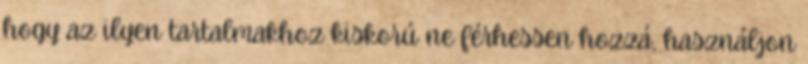
hogy az ilyen tartalmakhoz kiskorú ne férhessen hozzá, használjon